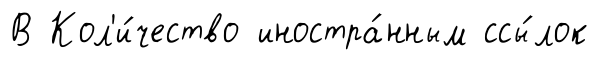
В Кол'и́чество иностра́нным ссы́лок